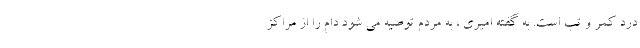
درد کمر و تب است. به گفته امیری ، به مردم توصیه می شود دام را از مراکز